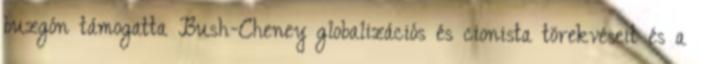
buzgón támogatta Bush-Cheney globalizációs és cionista törekvéseit és a